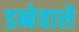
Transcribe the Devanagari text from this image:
डब्बेवाले